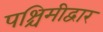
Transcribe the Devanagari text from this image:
पश्चिमीद्वार